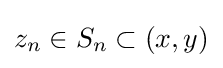
z_{n}\in S_{n}\subset (x,y)